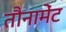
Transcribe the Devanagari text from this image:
तौनामेंट